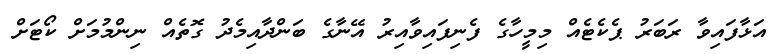
އަޅާފައިވާ ރަބަރު ޕެކެޓެއް މިމީހާގެ ފެނިފައިވާއިރު އޭނާގެ ބަންދާއިމެދު ގޮތެއް ނިންމުމަށް ކޯޓަށް